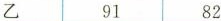
乙9182